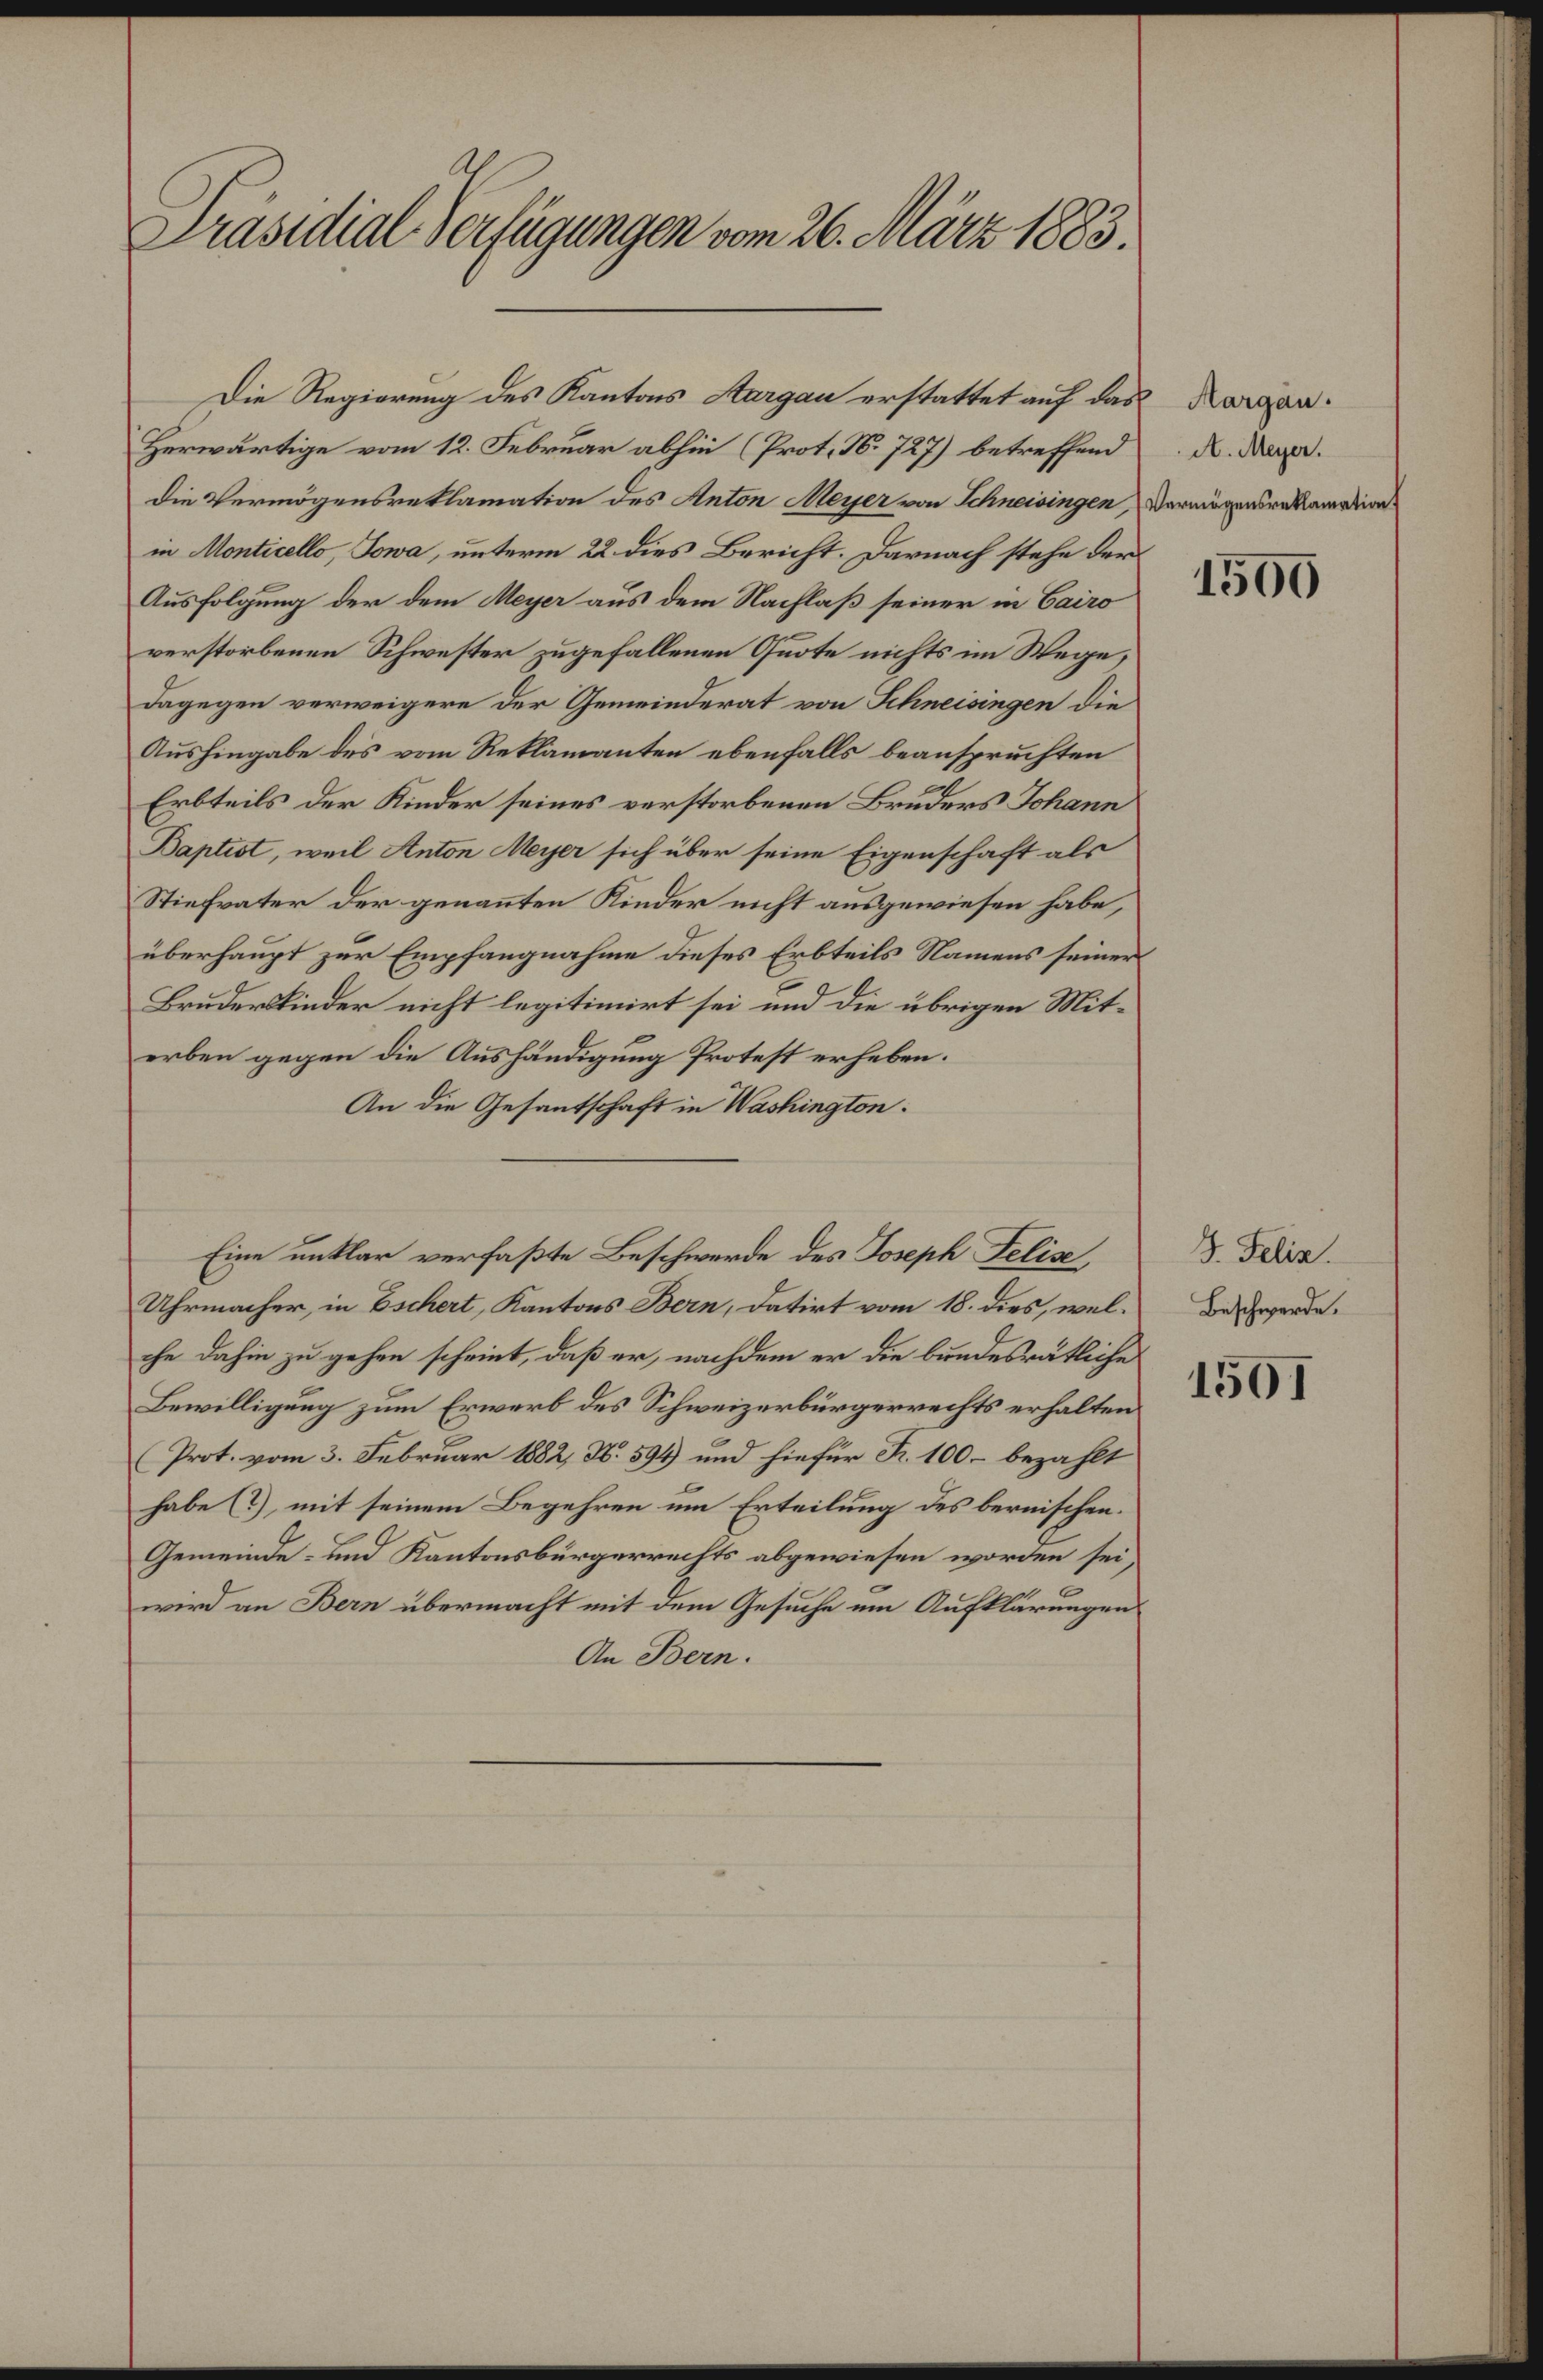
Präsidial-Verfügungen vom 26. März 1883.

Herwärtige vom 12. Februar abhin (Prot. N. 727) betreffend
die Vermögensreklamation des Anton Meyer von Schneisingen, Vermögensreklamation
in Monticello, Jowa, unterm 22 dies Bericht. Darnach stehe der
Ausfolgung der dem Meyer aus dem Nachlaß seiner in Cairo
verstorbenen Schwester zugefallenen Quote nichts im Wege,
dagegen verweigere der Gemeinderat von Schneisingen die
Aushingabe des vom Reklamanten ebenfalls beanspruchten
Erbteils der Kinder seines verstorbenen Bruders Johann
Baptist, weil Anton Meyer sich über seine Eigenschaft als
Stiefvater der genannten Kinder nicht ausgewiesen habe,
überhaupt zur Empfangnahme dieses Erbteils Namens seiner
Bruderskinder nicht legitimirt sei und die übrigen Miterben gegen die Aushändigung Protest erheben.
An die Gesantschaft in Washington.
Eine unklar verfaßte Beschwerde des Joseph Felise,
Uhrmacher, in Eschert, Kantons Bern, datirt vom 18. dies, welche dahin zu gehen scheint, daß er, nachdem er die bundesrätliche
Bewilligung zum Erwerb des Schweizerbürgerrechts erhalten
Prot. vom 3. Februar 1882, N. 594 und hiefür R. 100 - bezahlt
habe (?), mit seinem Begehren um Erteilung des bernischen.
Gemeinde- und Kantonsbürgerrechts abgewiesen worden sei,
c
wird an Bern übermacht mit dem Gesuche um Aufklärungen
An Bern.

Die Regierung des Kantons Aargau erstattet auf das Korgan¬

A. Meyer.

1500

J. Felin.
Beschwerde.

1501